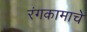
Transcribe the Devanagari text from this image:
रंगकामाचे